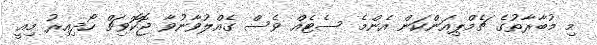
މި މުބާރާތުގެ ޗެމްޕިއަންކަން އެންމެ ސެޓެއް ވެސް ގެއްލުވާނުވާ ޖޮކޮވިޗް ހޯދިއިރު މިއީ